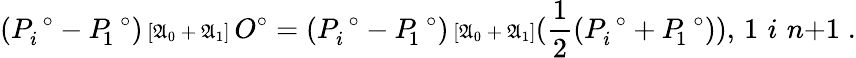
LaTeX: (P_{i}^{\; \circ}-P_{\! 1}^{\; \circ}){\scriptstyle{\, [\mathfrak{A}_{0}{\, +\, }\mathfrak{A}_{1}]\, }}O^{\circ}=(P_{i}^{\; \circ}-P_{\! 1}^{\; \circ}){\scriptstyle{\, [\mathfrak{A}_{0}{\, +\, }\mathfrak{A}_{1}]}}(\frac{1}{2}(P_{i}^{\; \circ}+P_{\! 1}^{\; \circ})),\, 1{\, \le\, }i{\, \le\, }n{+}1\; .